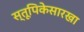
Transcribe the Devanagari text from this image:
स्तूपिकेसारखा